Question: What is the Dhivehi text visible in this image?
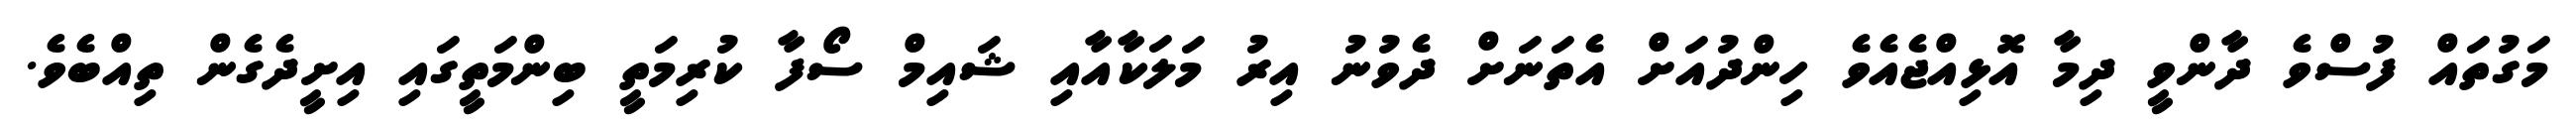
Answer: މަގުތައް ފުސްވެ ދާންވީ ދިމާ އޮޅިއްޖެއެވެ ހިންދުއަށް އެތަނަށް ދެވުނު އިރު މަލަކާއާއި ޝައިމް ސޯފާ ކުރިމަތީ ބިންމަތީގައި އިށީދެގެން ތިއްބެވެ.